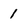
Character: 1